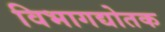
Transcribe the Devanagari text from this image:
विभागद्योतक